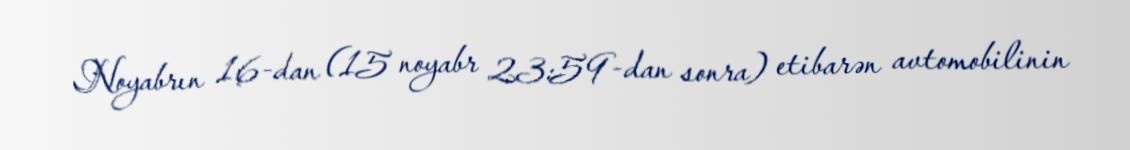
Noyabrın 16-dan (15 noyabr 23:59-dan sonra) etibarən avtomobilinin